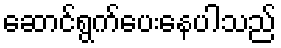
ဆောင်ရွက်ပေးနေပါသည်